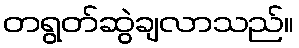
တရွတ်ဆွဲချလာသည်။